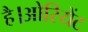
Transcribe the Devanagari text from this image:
है।ओरियेंट